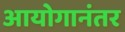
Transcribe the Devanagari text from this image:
आयोगानंतर